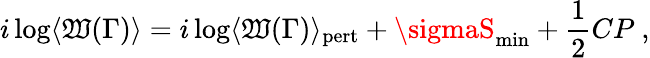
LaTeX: i\log\langle\mathfrak{W}(\Gamma)\rangle=i\log\langle\mathfrak{W}(\Gamma)\rangle_{\mathrm{{pert}}}+\sigmaS_{\mathrm{{min}}}+{\frac{{1}}{{2}}}CP\ ,